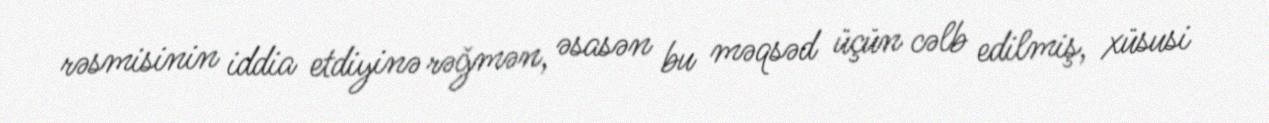
rəsmisinin iddia etdiyinə rəğmən, əsasən bu məqsəd üçün cəlb edilmiş, xüsusi